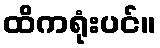
ထိကရုံးပင်။